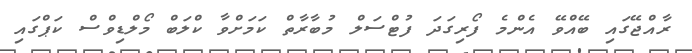
ރާއްޖޭގައި ބޭއްވޭ އެންމެ ފޯރިގަދަ ފުޓްސަލް މުބާރާތް ކަމަށްވާ ކްލަބް މޯލްޑިވްސް ކަޕްގައި